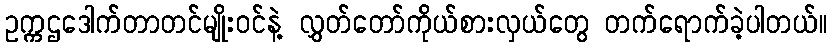
ဥက္ကဌဒေါက်တာတင်မျိုးဝင်နဲ့ လွှတ်တော်ကိုယ်စားလှယ်တွေ တက်ရောက်ခဲ့ပါတယ်။